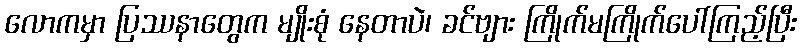
လောကမှာ ပြဿနာတွေက မျိုးစုံ နေတာပဲ၊ ခင်ဗျား ကြိုက်မကြိုက်ပေါ်ကြည့်ပြီး